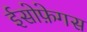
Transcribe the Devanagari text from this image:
ईसोफ़ेगस